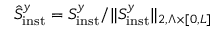
\hat { S } _ { \mathrm { i n s t } } ^ { y } = S _ { \mathrm { i n s t } } ^ { y } / \| S _ { \mathrm { i n s t } } ^ { y } \| _ { 2 , \Lambda \times \lbrack 0 , L \rbrack }